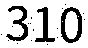
310